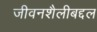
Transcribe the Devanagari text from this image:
जीवनशैलीबद्दल